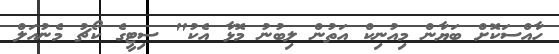
ހާއްސަކޮށް ބަޔާން މިއުނިކް އަތުން ލިބުނު މޮޅާ އެކު" ސިޓީގެ ކޯޗު މެނުއަލް